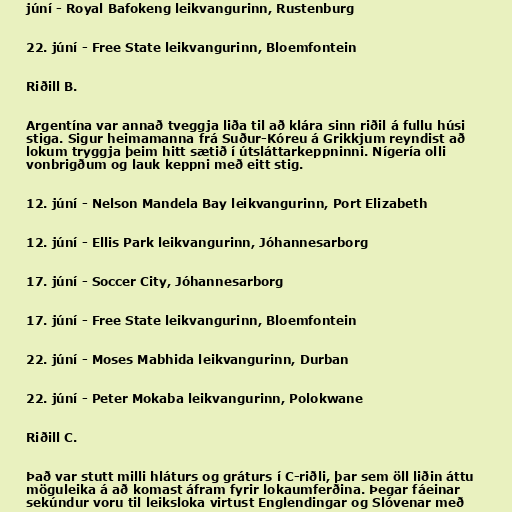
júní - Royal Bafokeng leikvangurinn, Rustenburg

22. júní - Free State leikvangurinn, Bloemfontein

Riðill B.

Argentína var annað tveggja liða til að klára sinn riðil á fullu húsi
stiga. Sigur heimamanna frá Suður-Kóreu á Grikkjum reyndist að
lokum tryggja þeim hitt sætið í útsláttarkeppninni. Nígería olli
vonbrigðum og lauk keppni með eitt stig.

12. júní - Nelson Mandela Bay leikvangurinn, Port Elizabeth

12. júní - Ellis Park leikvangurinn, Jóhannesarborg

17. júní - Soccer City, Jóhannesarborg

17. júní - Free State leikvangurinn, Bloemfontein

22. júní - Moses Mabhida leikvangurinn, Durban

22. júní - Peter Mokaba leikvangurinn, Polokwane

Riðill C.

Það var stutt milli hláturs og gráturs í C-riðli, þar sem öll liðin áttu
möguleika á að komast áfram fyrir lokaumferðina. Þegar fáeinar
sekúndur voru til leiksloka virtust Englendingar og Slóvenar með